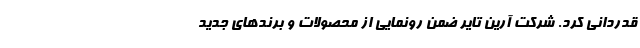
قدردانی کرد. شرکت آرین تایر ضمن رونمایی از محصولات و برندهای جدید